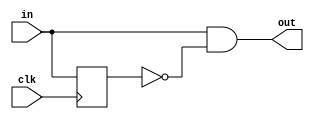
/*********************************************************
 *
 *  Module: onePulse.v
 *  Project: Hunter_RV32
 *  Description: Edge detector that outputs a signal that lasts for one clock cycle
 *
 *********************************************************/
`timescale 1ns/1ns

module onePulse(clk, in, out);
    input clk;
    input in;
    output out;
    
    reg delay;
    
    always @ (posedge clk) begin
        delay <= in;
    end
    
    assign out = in & ~delay;    
endmodule